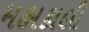
મહાકાલી